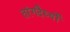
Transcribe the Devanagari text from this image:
तरंगदैर्ध्‍यों